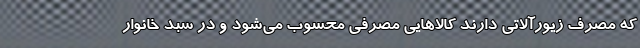
که مصرف زیورآلاتی دارند کالاهایی مصرفی محسوب می‌شود و در سبد خانوار